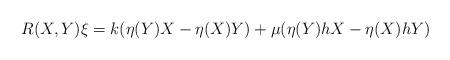
\begin{align*} R(X,Y)\xi = k(\eta(Y)X - \eta(X)Y) + \mu(\eta(Y)hX - \eta(X)hY)\end{align*}